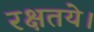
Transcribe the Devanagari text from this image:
रक्षतये।